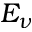
E _ { \nu }